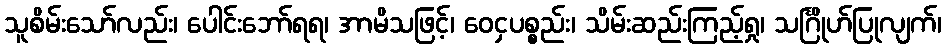
သူစိမ်းသော်လည်း၊ ပေါင်းဘော်ရရ၊ အာမိသဖြင့်၊ ဝေငှပစ္စည်း၊ သိမ်းဆည်းကြည့်ရှု၊ သင်္ဂြိုဟ်ပြုလျက်၊